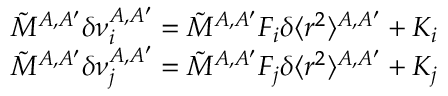
\begin{array} { r } { \tilde { M } ^ { A , A ^ { \prime } } \delta \nu _ { i } ^ { A , A ^ { \prime } } = \tilde { M } ^ { A , A ^ { \prime } } F _ { i } \delta \langle r ^ { 2 } \rangle ^ { A , A ^ { \prime } } + K _ { i } } \\ { \tilde { M } ^ { A , A ^ { \prime } } \delta \nu _ { j } ^ { A , A ^ { \prime } } = \tilde { M } ^ { A , A ^ { \prime } } F _ { j } \delta \langle r ^ { 2 } \rangle ^ { A , A ^ { \prime } } + K _ { j } } \end{array}